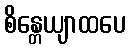
စိန္တေယျာထပေ